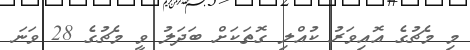
މި މެޗުގެ އޮއިވަރު ކުއްލި ގޮތަކަށް ބަދަލު ވީ މެޗުގެ 28 ވަނަ